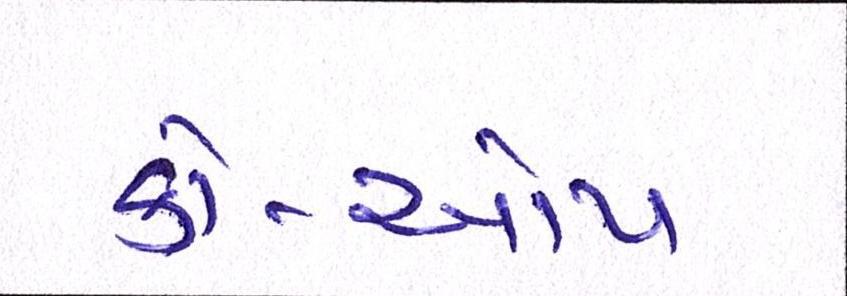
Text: કો-ઓપ